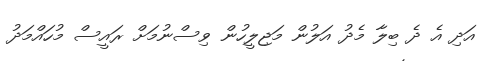
އަދި އެ ދެ ބިލާ މެދު އަލުން މަޖިލީހުން ވިސްނުމަށް ރައީސް މުހައްމަދު